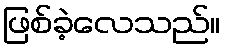
ဖြစ်ခဲ့လေသည်။